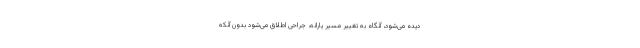
دیده می‌شود، آنگاه به تغییر مسیر یارانه، جراحی اطلاق می‌شود بدون آنکه